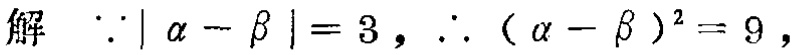
解 $\because|\alpha - \beta| = 3,\therefore (\alpha - \beta)^2 = 9,$